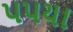
પપયા